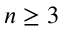
n \geq 3